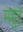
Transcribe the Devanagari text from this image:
महुडे